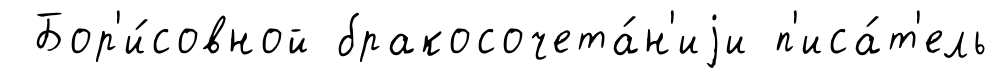
Бор'и́совной бракосочета́н'иjи п'иса́т'ель